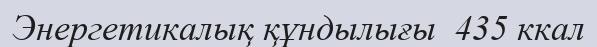
Энергетикалық құндылығы  435 ккал